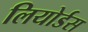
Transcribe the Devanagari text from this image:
लियोर्डस